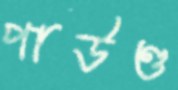
পাউণ্ড